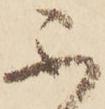
不